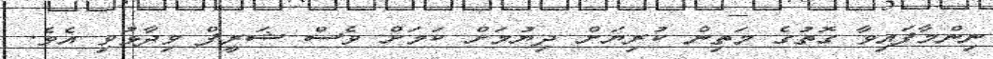
ނިންމާފައިވާ ގޮތުގެ މަތިން ކުރިޔަށް ދިޔުމަށް ކަމަށް ވެސް ޝަރީފް ވިދާޅުވި އެވެ.